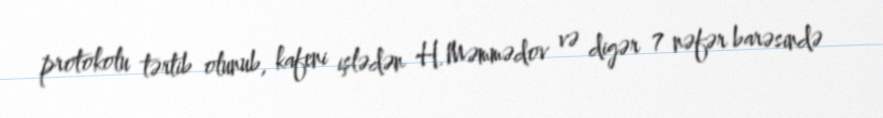
protokolu tərtib olunub, kafeni işlədən H.Məmmədov və digər 7 nəfər barəsində